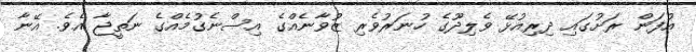
އުފަން ރަށުގައި ދިރިއުޅޭ ވެލިދޫގެ ހުނަރުވެރި ޒުވާނެއްގެ އިސްނެގުމެއްގެ ނަތީޖާ އެވެ. އޭނާ